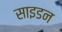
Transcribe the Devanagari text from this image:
साइडन